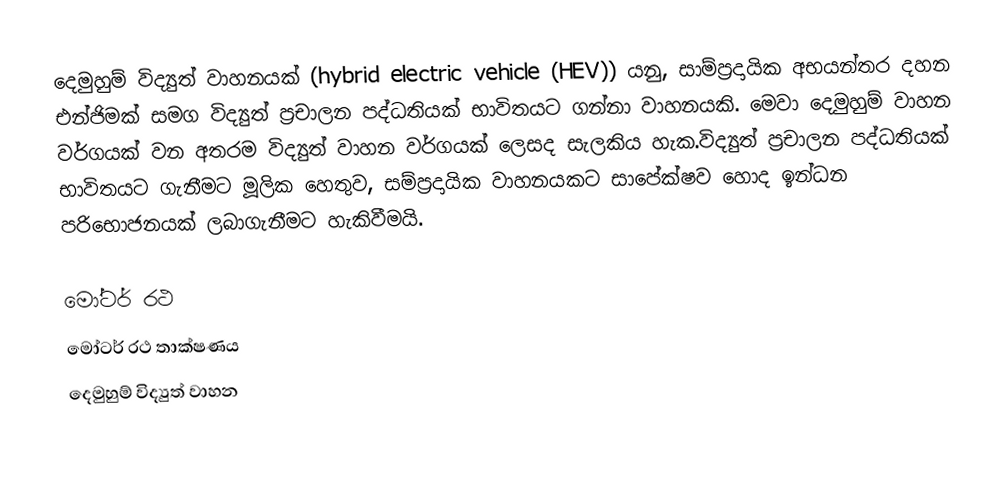
දෙමුහුම් විද්‍යුත් වාහනයක් (hybrid electric vehicle (HEV)) යනු, සාම්ප්‍රදායික අභයන්තර දහන එන්ජිමක් සමග විද්‍යුත් ප්‍රචාලන පද්ධතියක් භාවිතයට ගන්නා වාහනයකි. මෙවා දෙමුහුම් වාහන වර්ගයක් වන අතරම විද්‍යුත් වාහන වර්ගයක් ලෙසද සැලකිය හැක.විද්‍යුත් ප්‍රචාලන පද්ධතියක් භාවිතයට ගැනීමට මූලික හෙතුව, සම්ප්‍රදායික වාහනයකට සාපේක්ෂව හොද ඉන්ධන පරිභොජනයක් ලබාගැනීමට හැකිවීමයි.

මෝටර් රථ
මෝටර් රථ තාක්ෂණය
දෙමුහුම් විද්‍යුත් වාහන